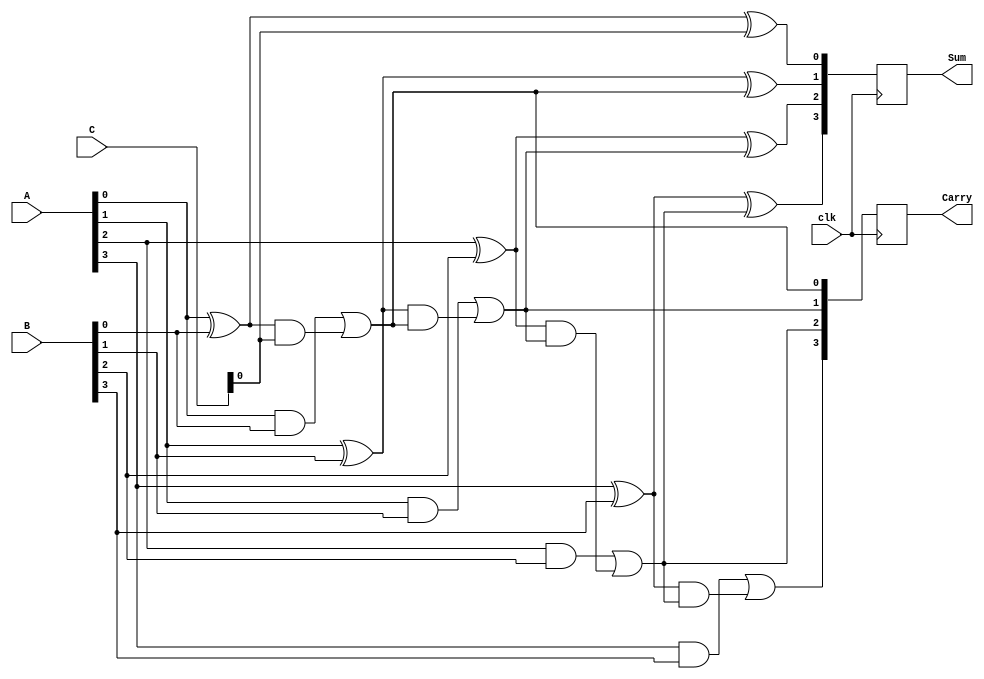
module DynamicCarrySaveAdder #(parameter N = 4) (
    input [N-1:0] A,      // First input
    input [N-1:0] B,      // Second input
    input [N-1:0] C,      // Third input (optional)
    input clk,            // Clock signal
    output reg [N-1:0] Sum, // Sum output
    output reg [N-1:0] Carry // Carry output
);

    // Internal wires to hold intermediate sums and carries
    wire [N-1:0] half_sum;
    wire [N-1:0] half_carry;
    wire [N-1:0] fa_sum;
    wire [N-1:0] fa_carry;

    // Half Adder for the first two inputs
    generate
        genvar i;
        for (i = 0; i < N; i = i + 1) begin: half_adder
            assign half_sum[i] = A[i] ^ B[i];                   // Sum
            assign half_carry[i] = A[i] & B[i];                 // Carry
        end
    endgenerate

    // Full Adders for the half adder outputs and additional input (if present)
    generate
        for (i = 0; i < N; i = i + 1) begin: full_adder
            if (i == 0) begin
                assign fa_sum[i] = half_sum[i] ^ C[i];
                assign fa_carry[i] = half_carry[i] | (half_sum[i] & C[i]);
            end else begin
                assign fa_sum[i] = half_sum[i] ^ fa_carry[i-1];
                assign fa_carry[i] = half_carry[i] | (half_sum[i] & fa_carry[i-1]);
            end
        end
    endgenerate

    // Clocked output assignment
    always @(posedge clk) begin
        Sum <= fa_sum;
        Carry <= fa_carry;
    end

endmodule